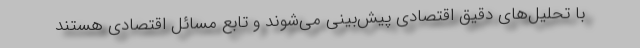
با تحلیل‌های دقیق اقتصادی پیش‌بینی می‌شوند و تابع مسائل اقتصادی هستند